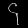
Digit: ၄